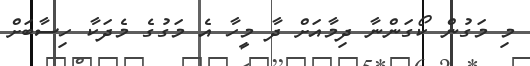
މި މަގުން ކޯގަންނާ ދިމާއަށް ދާ މީހާ އެ މަގުގެ މެދަކާ ހިސާބަށް